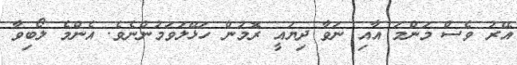
އޭރު ވެސް މަންމަ އާއި ނަވާ ދިޔައީ ރޮމުން ހަޅޭލަވަމުންނެވެ. އެންމެ ލޯބިވާ